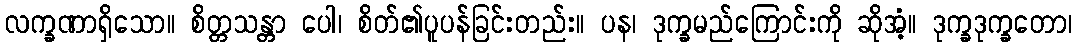
လက္ခဏာရှိသော။ စိတ္တသန္တာ ပေါ၊ စိတ်၏ပူပန်ခြင်းတည်း။ ပန၊ ဒုက္ခမည်ကြောင်းကို ဆိုအံ့။ ဒုက္ခဒုက္ခတော၊